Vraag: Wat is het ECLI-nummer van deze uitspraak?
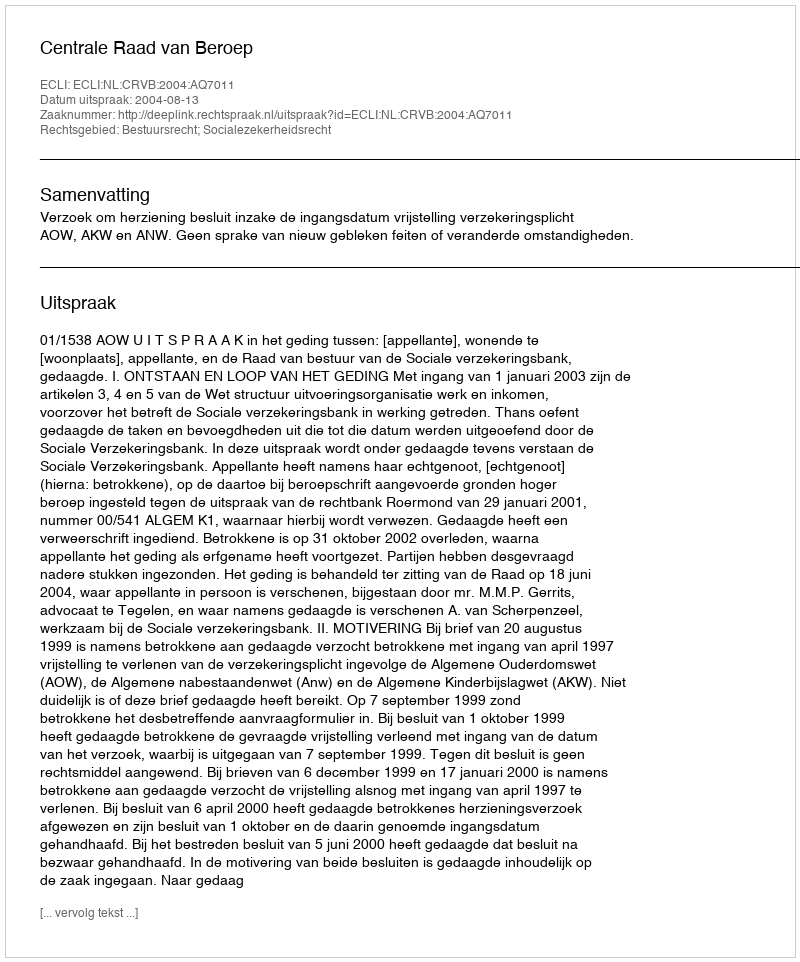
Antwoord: ECLI:NL:CRVB:2004:AQ7011